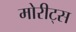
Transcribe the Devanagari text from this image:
मोरीट्स